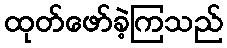
ထုတ်ဖော်ခဲ့ကြသည်